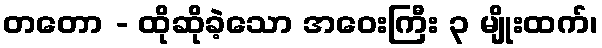
တတော - ထိုဆိုခဲ့သော အဝေးကြီး ၃ မျိုးထက်၊